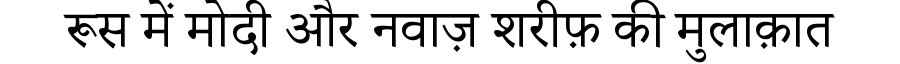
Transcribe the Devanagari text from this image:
रूस में मोदी और नवाज़ शरीफ़ की मुलाक़ात